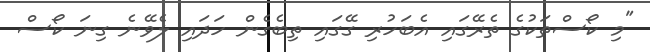
"މި ކޯސްތަކުގެ ތެރޭގައި އެބަހުރި ގޭގައި ތިބެގެން ހަދައި ލެވޭނެ ގިނަ ކޯސް